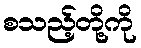
စသည့်တို့ကို